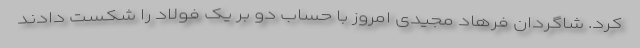
کرد. شاگردان فرهاد مجیدی امروز با حساب دو بر یک فولاد را شکست دادند